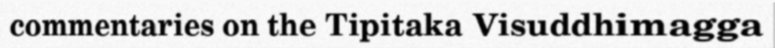
commentaries on the Tipitaka Visuddhimagga